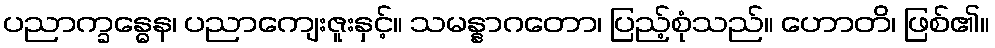
ပညာက္ခန္ဓေန၊ ပညာကျေးဇူးနှင့်။ သမန္နာဂတော၊ ပြည့်စုံသည်။ ဟောတိ၊ ဖြစ်၏။